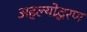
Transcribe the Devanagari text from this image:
अहल्योद्धरण